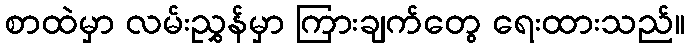
စာထဲမှာ လမ်းညွှန်မှာ ကြားချက်တွေ ရေးထားသည်။